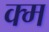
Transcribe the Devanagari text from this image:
क्म